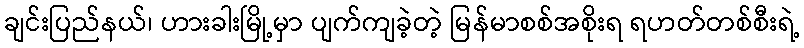
ချင်းပြည်နယ်၊ ဟားခါးမြို့မှာ ပျက်ကျခဲ့တဲ့ မြန်မာစစ်အစိုးရ ရဟတ်တစ်စီးရဲ့